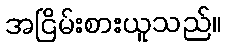
အငြိမ်းစားယူသည်။